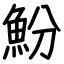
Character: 魵